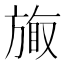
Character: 𪯽